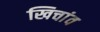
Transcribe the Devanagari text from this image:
खिचांव